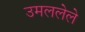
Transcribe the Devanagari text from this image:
उमललेले